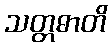
သတ္တဓာတိ